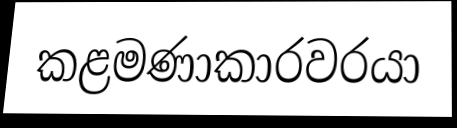
කළමණාකාරවරයා